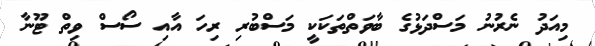
މިއަދު ނެރުނު މަސްދަޅުގެ ބާވަތްތަކަކީ މަސްބުރި ރިހަ އާއި ސޯސް ވިތް ޓޫނާ